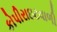
કોપીરાઇટવાળી